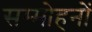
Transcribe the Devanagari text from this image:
सम्मोहनों